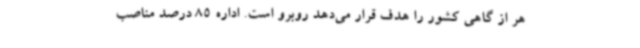
هر از گاهی کشور را هدف قرار می‌دهد روبرو است. اداره 85 درصد مناصب